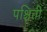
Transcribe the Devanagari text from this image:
पश्चिती